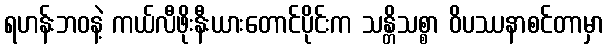
ရဟန်းဘဝနဲ့ ကယ်လီဖိုးနီးယားတောင်ပိုင်းက သန္တိသစ္စာ ဝိပဿနာစင်တာမှာ